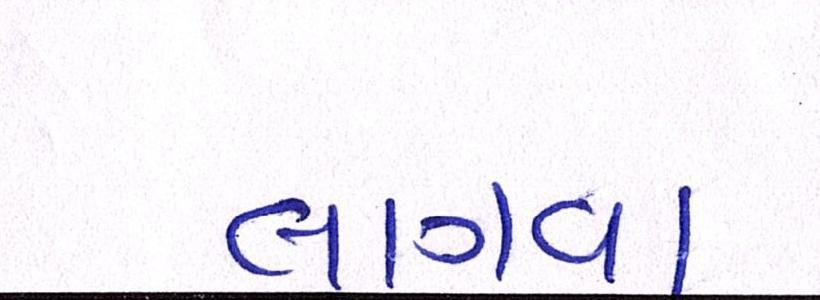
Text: લાગવા